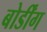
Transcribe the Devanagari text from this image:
बोर्डींग